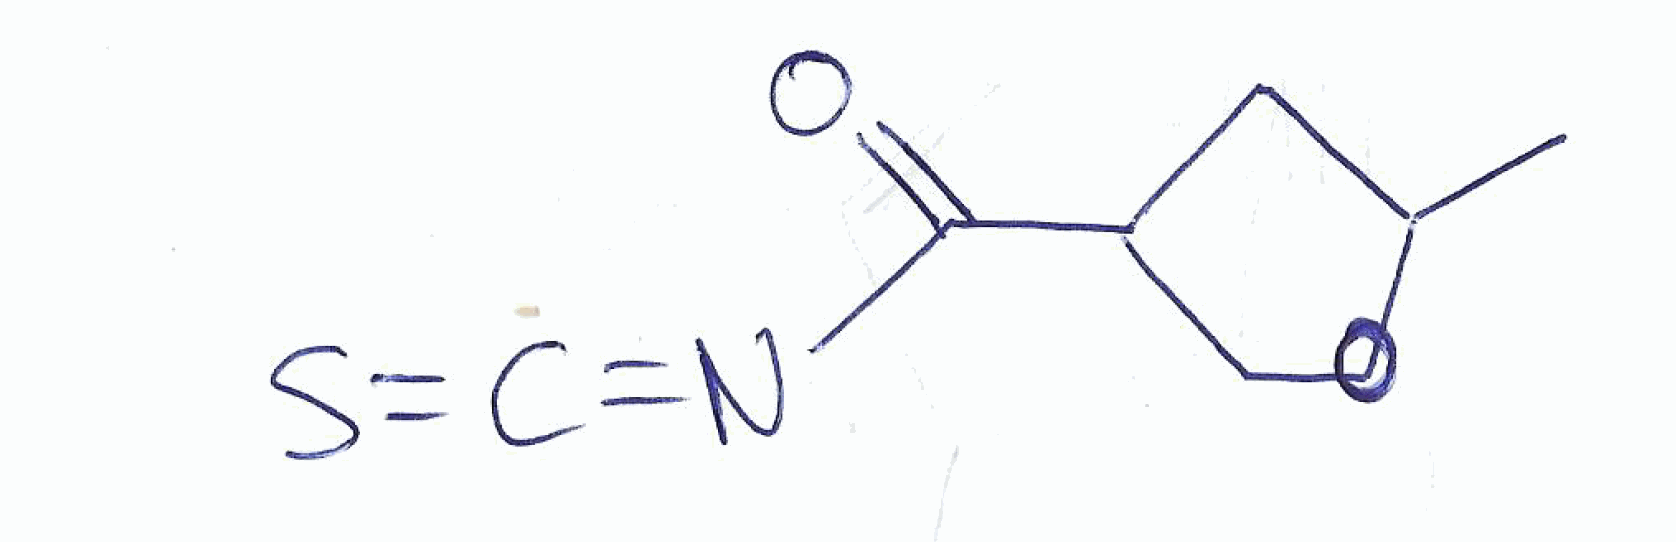
Simplified molecular-input line-entry system (SMILES) notation of the given molecule:
CC1CC(CO1)C(=O)N=C=S